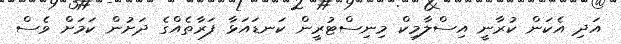
އަދި އެކަން ކުރާނީ އިސްލާމިކް މިނިސްޓުރީން ކަނޑައަޅާ ފަރާތެއްގެ ދަށުން ކަމަށް ވެސް